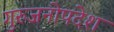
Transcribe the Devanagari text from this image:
गुरुजनोपदेश